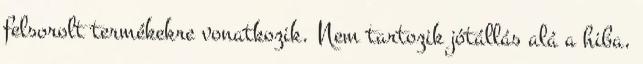
felsorolt termékekre vonatkozik. Nem tartozik jótállás alá a hiba,